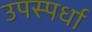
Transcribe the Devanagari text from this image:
उपस्पर्धा